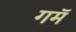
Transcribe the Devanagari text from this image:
गमॅ